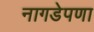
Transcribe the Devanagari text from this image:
नागडेपणा